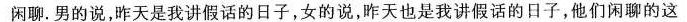
闲聊.男的说，昨天是我讲假话的日子，女的说，昨天也是我讲假话的日子，他们闲聊的这